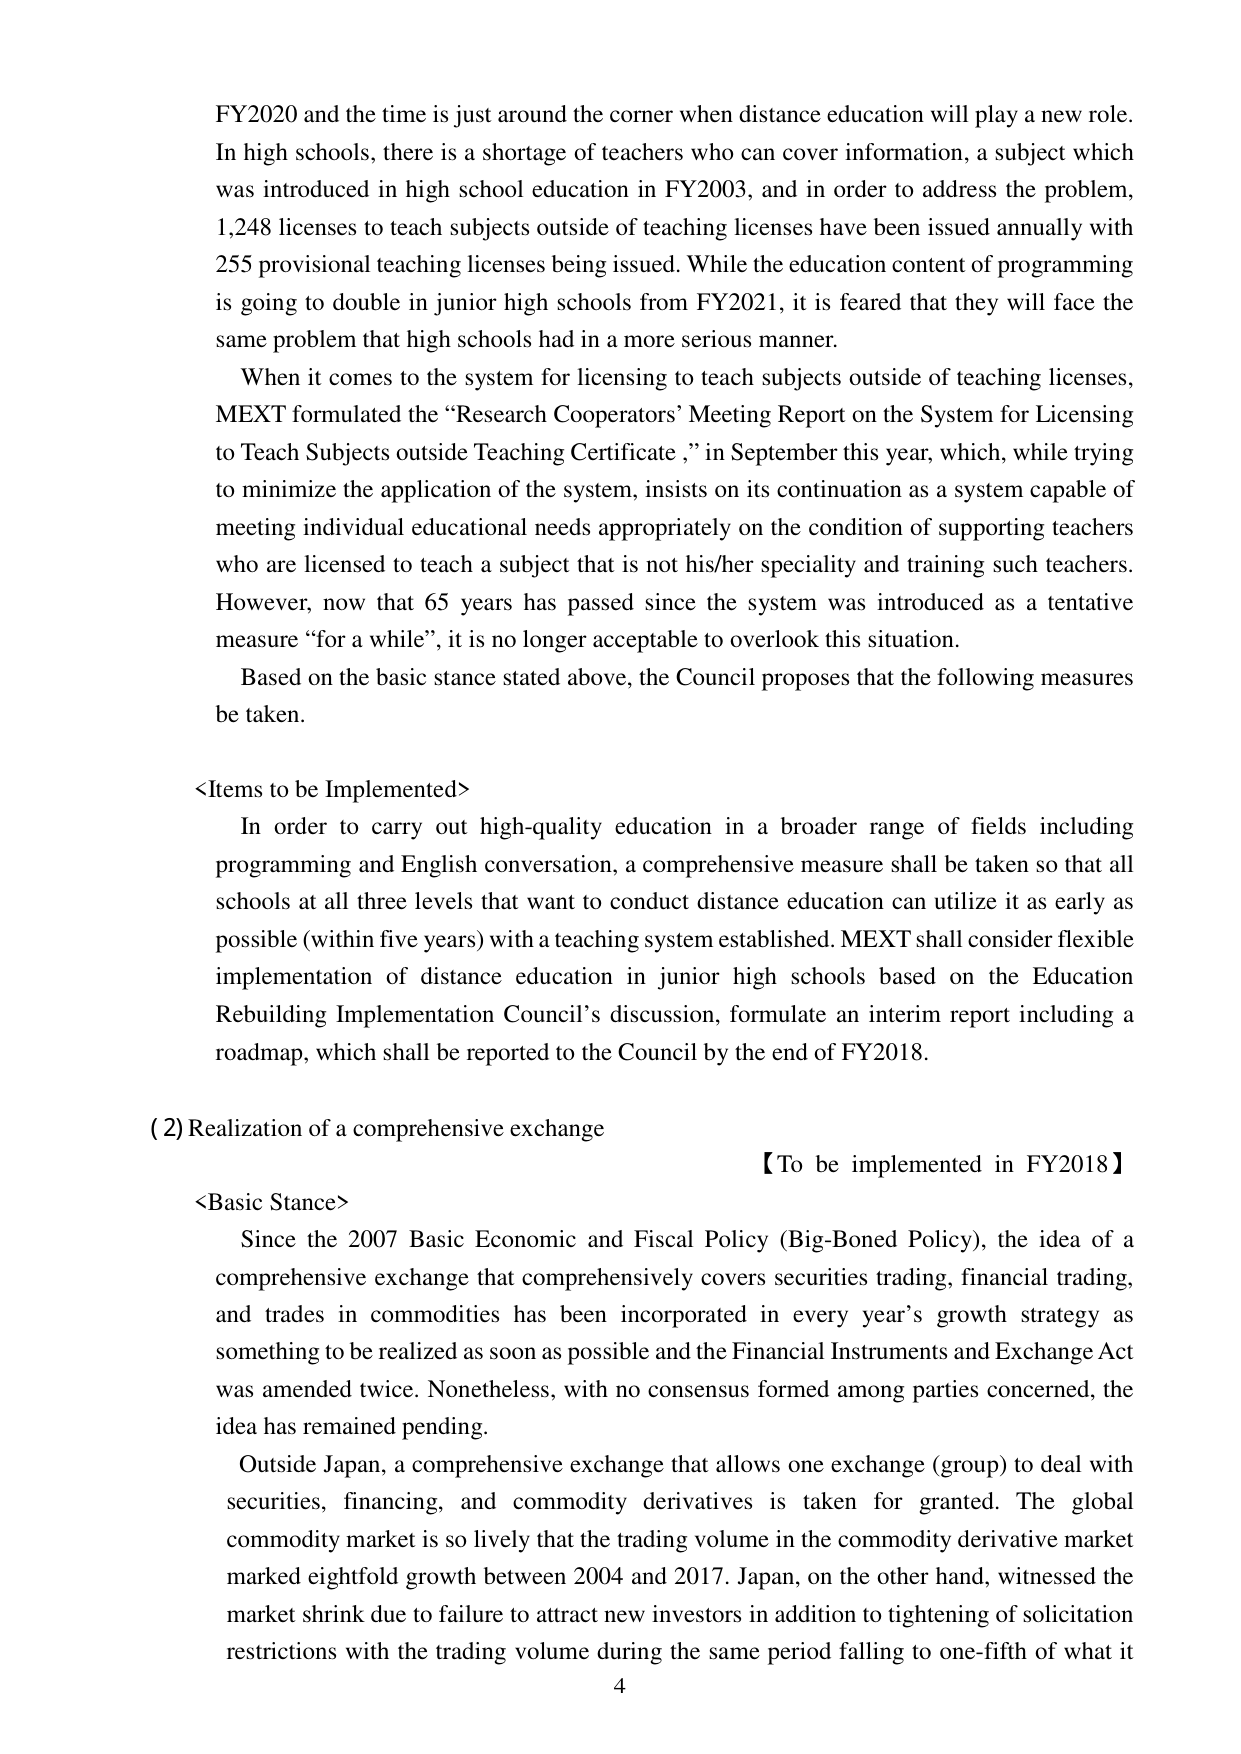
FY2020 and the time is just around the corner when distance education will play a new role. In high schools, there is a shortage of teachers who can cover information, a subject which was introduced in high school education in FY2003, and in order to address the problem, 1,248 licenses to teach subjects outside of teaching licenses have been issued annually with 255 provisional teaching licenses being issued. While the education content of programming is going to double in junior high schools from FY2021, it is feared that they will face the same problem that high schools had in a more serious manner.

When it comes to the system for licensing to teach subjects outside of teaching licenses, MEXT formulated the “Research Cooperators’ Meeting Report on the System for Licensing to Teach Subjects outside Teaching Certificate,” in September this year, which, while trying to minimize the application of the system, insists on its continuation as a system capable of meeting individual educational needs appropriately on the condition of supporting teachers who are licensed to teach a subject that is not his/her speciality and training such teachers. However, now that 65 years has passed since the system was introduced as a tentative measure “for a while”, it is no longer acceptable to overlook this situation.

Based on the basic stance stated above, the Council proposes that the following measures be taken.

<Items to be Implemented>
In order to carry out high-quality education in a broader range of fields including programming and English conversation, a comprehensive measure shall be taken so that all schools at all three levels that want to conduct distance education can utilize it as early as possible (within five years) with a teaching system established. MEXT shall consider flexible implementation of distance education in junior high schools based on the Education Rebuilding Implementation Council’s discussion, formulate an interim report including a roadmap, which shall be reported to the Council by the end of FY2018.

(2) Realization of a comprehensive exchange
【To be implemented in FY2018】
<Basic Stance>
Since the 2007 Basic Economic and Fiscal Policy (Big-Boned Policy), the idea of a comprehensive exchange that comprehensively covers securities trading, financial trading, and trades in commodities has been incorporated in every year’s growth strategy as something to be realized as soon as possible and the Financial Instruments and Exchange Act was amended twice. Nonetheless, with no consensus formed among parties concerned, the idea has remained pending.

Outside Japan, a comprehensive exchange that allows one exchange (group) to deal with securities, financing, and commodity derivatives is taken for granted. The global commodity market is so lively that the trading volume in the commodity derivative market marked eightfold growth between 2004 and 2017. Japan, on the other hand, witnessed the market shrink due to failure to attract new investors in addition to tightening of solicitation restrictions with the trading volume during the same period falling to one-fifth of what it

4